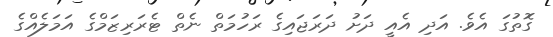
ގޮތުގަ އެވެ. އަދި އެއީ ދަށު ދަރަޖައިގެ ރަހުމަތް ނެތް ޓެރަރިޒަމްގެ އަމަލެއްގެ